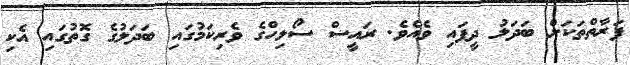
ފަރާތްތަކަށް ބަދަލު ދީފައި ވެއެވެ. ރައީސް ސޯލިހްގެ ވެރިކަމުގައި ބަދަލުގެ ގޮތުގައި އެކި